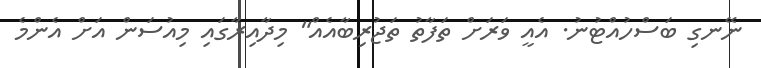
ނޭނގި ބަސްހުއްޓުނު. އެއީ ވަރަށް ތަފާތު ތަޖުރިބާއެއް" މިދާއިރާގައި މިއުސަން އަށް އެންމެ